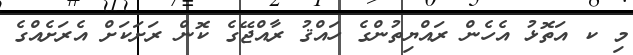
މި ކ އަތޮޅު އެހެން ރައްޔިތުންގެ ހައްޤު ރާއްޖޭގެ ކޮން ރަށަކަށް އެރަށެއްގެ